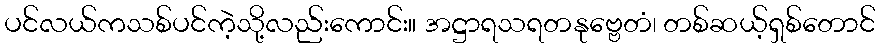
ပင်လယ်ကသစ်ပင်ကဲ့သို့လည်းကောင်း။ အဋ္ဌာရသရတနုဗ္ဗေတံ၊ တစ်ဆယ့်ရှစ်တောင်